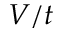
V / t